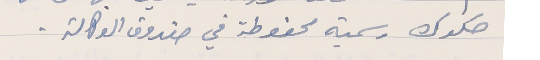
صكوك رسمية محفوظة في صندوق الوكالة.